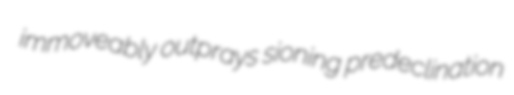
immoveably outprays sioning predeclination